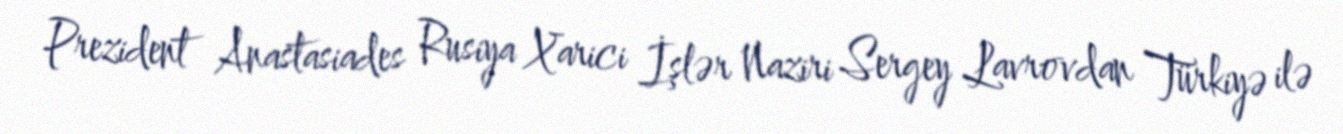
Prezident Anastasiades Rusiya Xarici İşlər Naziri Sergey Lavrovdan Türkiyə ilə